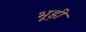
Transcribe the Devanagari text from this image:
भूड़ी